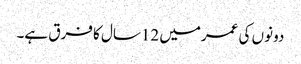
دونوں کی عمرمیں 12سال کا فرق ہے۔